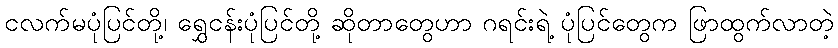
ငလက်မပုံပြင်တို့၊ ရွှေငန်းပုံပြင်တို့ ဆိုတာတွေဟာ ဂရင်းရဲ့ ပုံပြင်တွေက ဖြာထွက်လာတဲ့